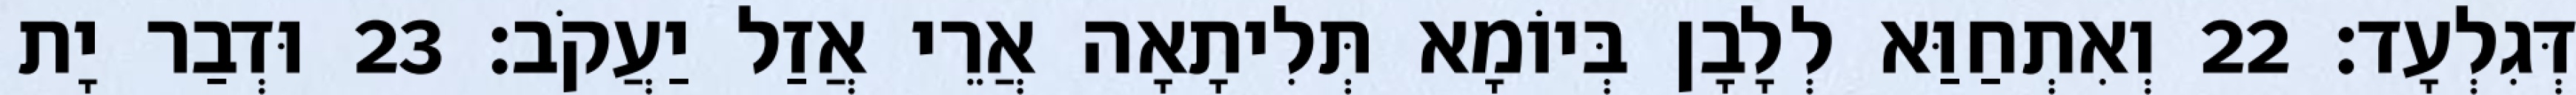
דְּגִלְעָד׃ 22 וְאִתְחַוַּא לְלָבָן בְּיוֹמָא תְּלִיתָאָה אֲרֵי אֲזַל יַעֲקֹב׃ 23 וּדְבַר יָת